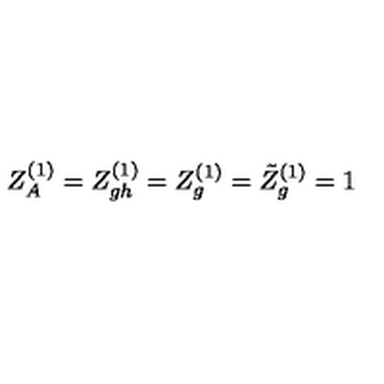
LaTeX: Z _ { A } ^ { ( 1 ) } = Z _ { g h } ^ { ( 1 ) } = Z _ { g } ^ { ( 1 ) } = \tilde { Z } _ { g } ^ { ( 1 ) } = 1